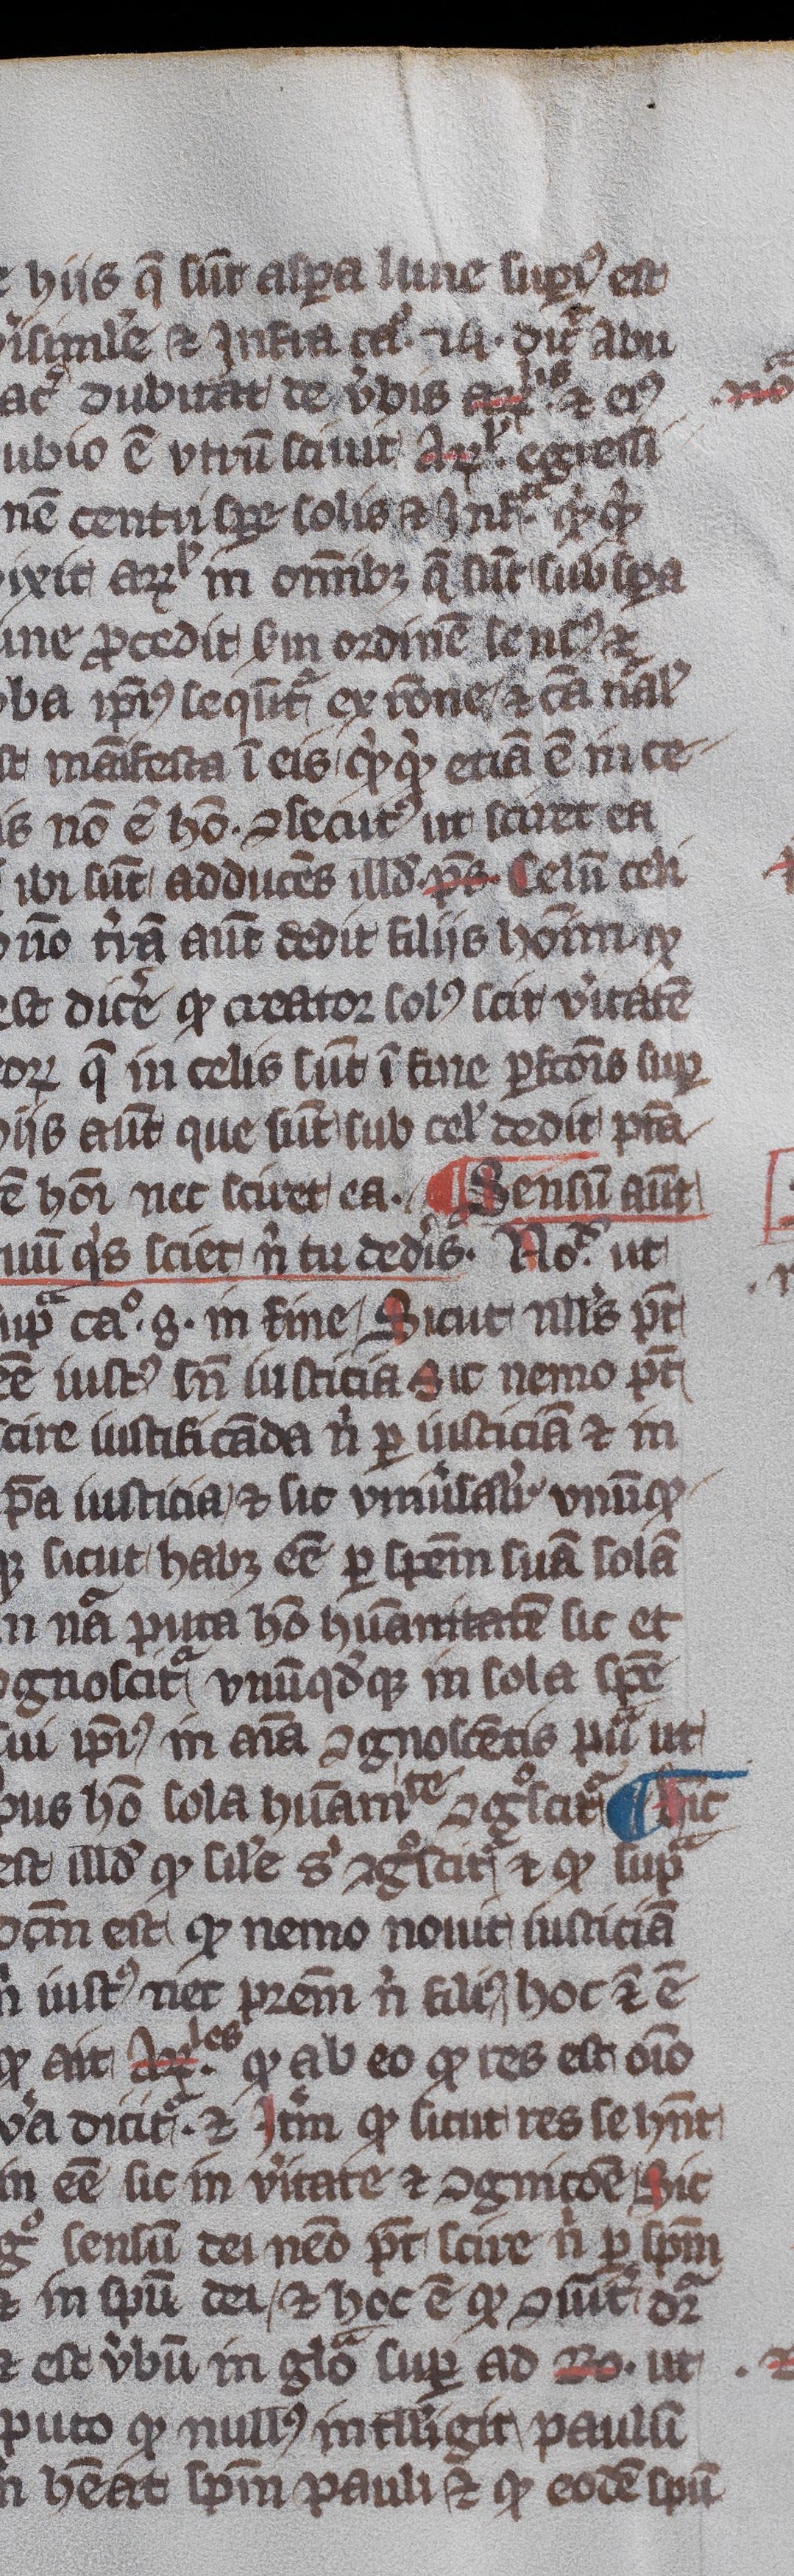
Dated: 1345–1355